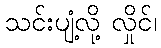
သင်းပျံ့လို့ လှိုင်၊